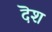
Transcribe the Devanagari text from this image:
दॆश